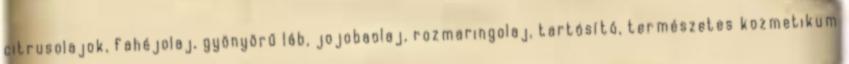
citrusolajok, fahéjolaj, gyönyörű láb, jojobaolaj, rozmaringolaj, tartósító, természetes kozmetikum